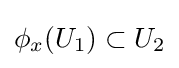
\phi _{x}(U_{1})\subset U_{2}